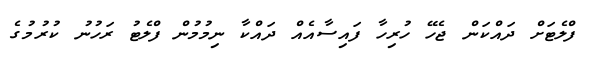
ފްލެޓަށް ދައްކަން ޖެހޭ ހުރިހާ ފައިސާއެއް ދައްކާ ނިމުމުން ފްލެޓު ރަހުނު ކުރުމުގެ